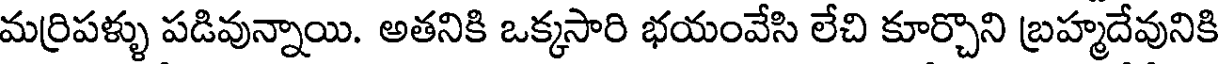
మర్రిపళ్ళు పడివున్నాయి. అతనికి ఒక్కసారి భయంవేసి లేచి కూర్చొని బ్రహ్మదేవునికి